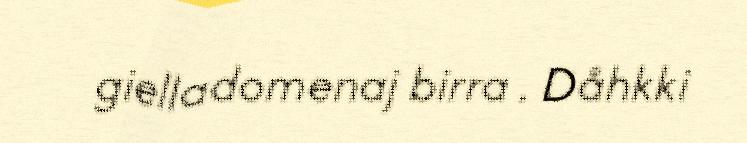
gielladomenaj birra . Dåhkki